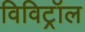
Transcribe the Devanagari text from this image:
विविट्रॉल